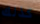
كذلك